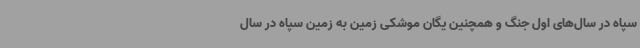
سپاه در سال‌های اول جنگ و همچنین یگان موشکی زمین به زمین سپاه در سال